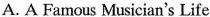
A. A Famous Musician's Life